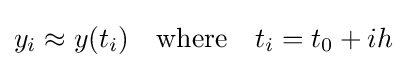
y_{i}\approx y(t_{i})\quad {\text{where}}\quad t_{i}=t_{0}+ih